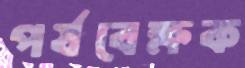
পর্যবেক্ষক